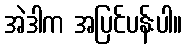
အဲဒါက အပြင်ပန်းပါ။